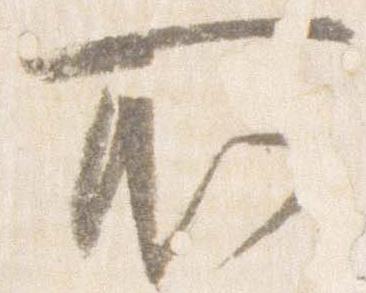
所